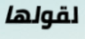
لقولها